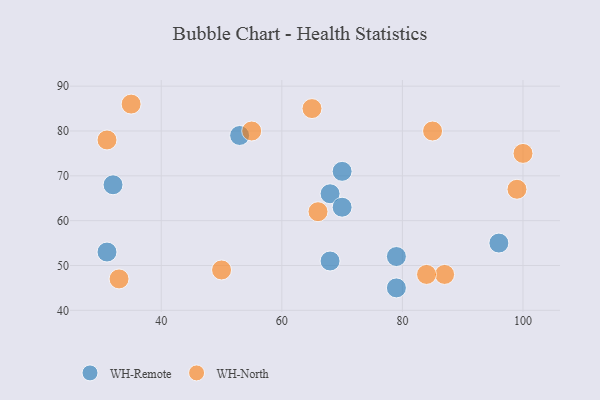
{"axis": {"x": "GDP", "y": "Life Expectancy"}, "legend": ["WH-North", "WH-Remote"], "data": [{"x": "79", "y": 52, "type": "WH-Remote"}, {"x": "68", "y": 66, "type": "WH-Remote"}, {"x": "79", "y": 45, "type": "WH-Remote"}, {"x": "96", "y": 55, "type": "WH-Remote"}, {"x": "32", "y": 68, "type": "WH-Remote"}, {"x": "70", "y": 71, "type": "WH-Remote"}, {"x": "68", "y": 51, "type": "WH-Remote"}, {"x": "53", "y": 79, "type": "WH-Remote"}, {"x": "31", "y": 53, "type": "WH-Remote"}, {"x": "70", "y": 63, "type": "WH-Remote"}, {"x": "35", "y": 86, "type": "WH-North"}, {"x": "87", "y": 48, "type": "WH-North"}, {"x": "99", "y": 67, "type": "WH-North"}, {"x": "55", "y": 80, "type": "WH-North"}, {"x": "50", "y": 49, "type": "WH-North"}, {"x": "100", "y": 75, "type": "WH-North"}, {"x": "33", "y": 47, "type": "WH-North"}, {"x": "65", "y": 85, "type": "WH-North"}, {"x": "31", "y": 78, "type": "WH-North"}, {"x": "85", "y": 80, "type": "WH-North"}, {"x": "66", "y": 62, "type": "WH-North"}, {"x": "84", "y": 48, "type": "WH-North"}]}